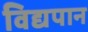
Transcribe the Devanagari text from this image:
विद्यपान